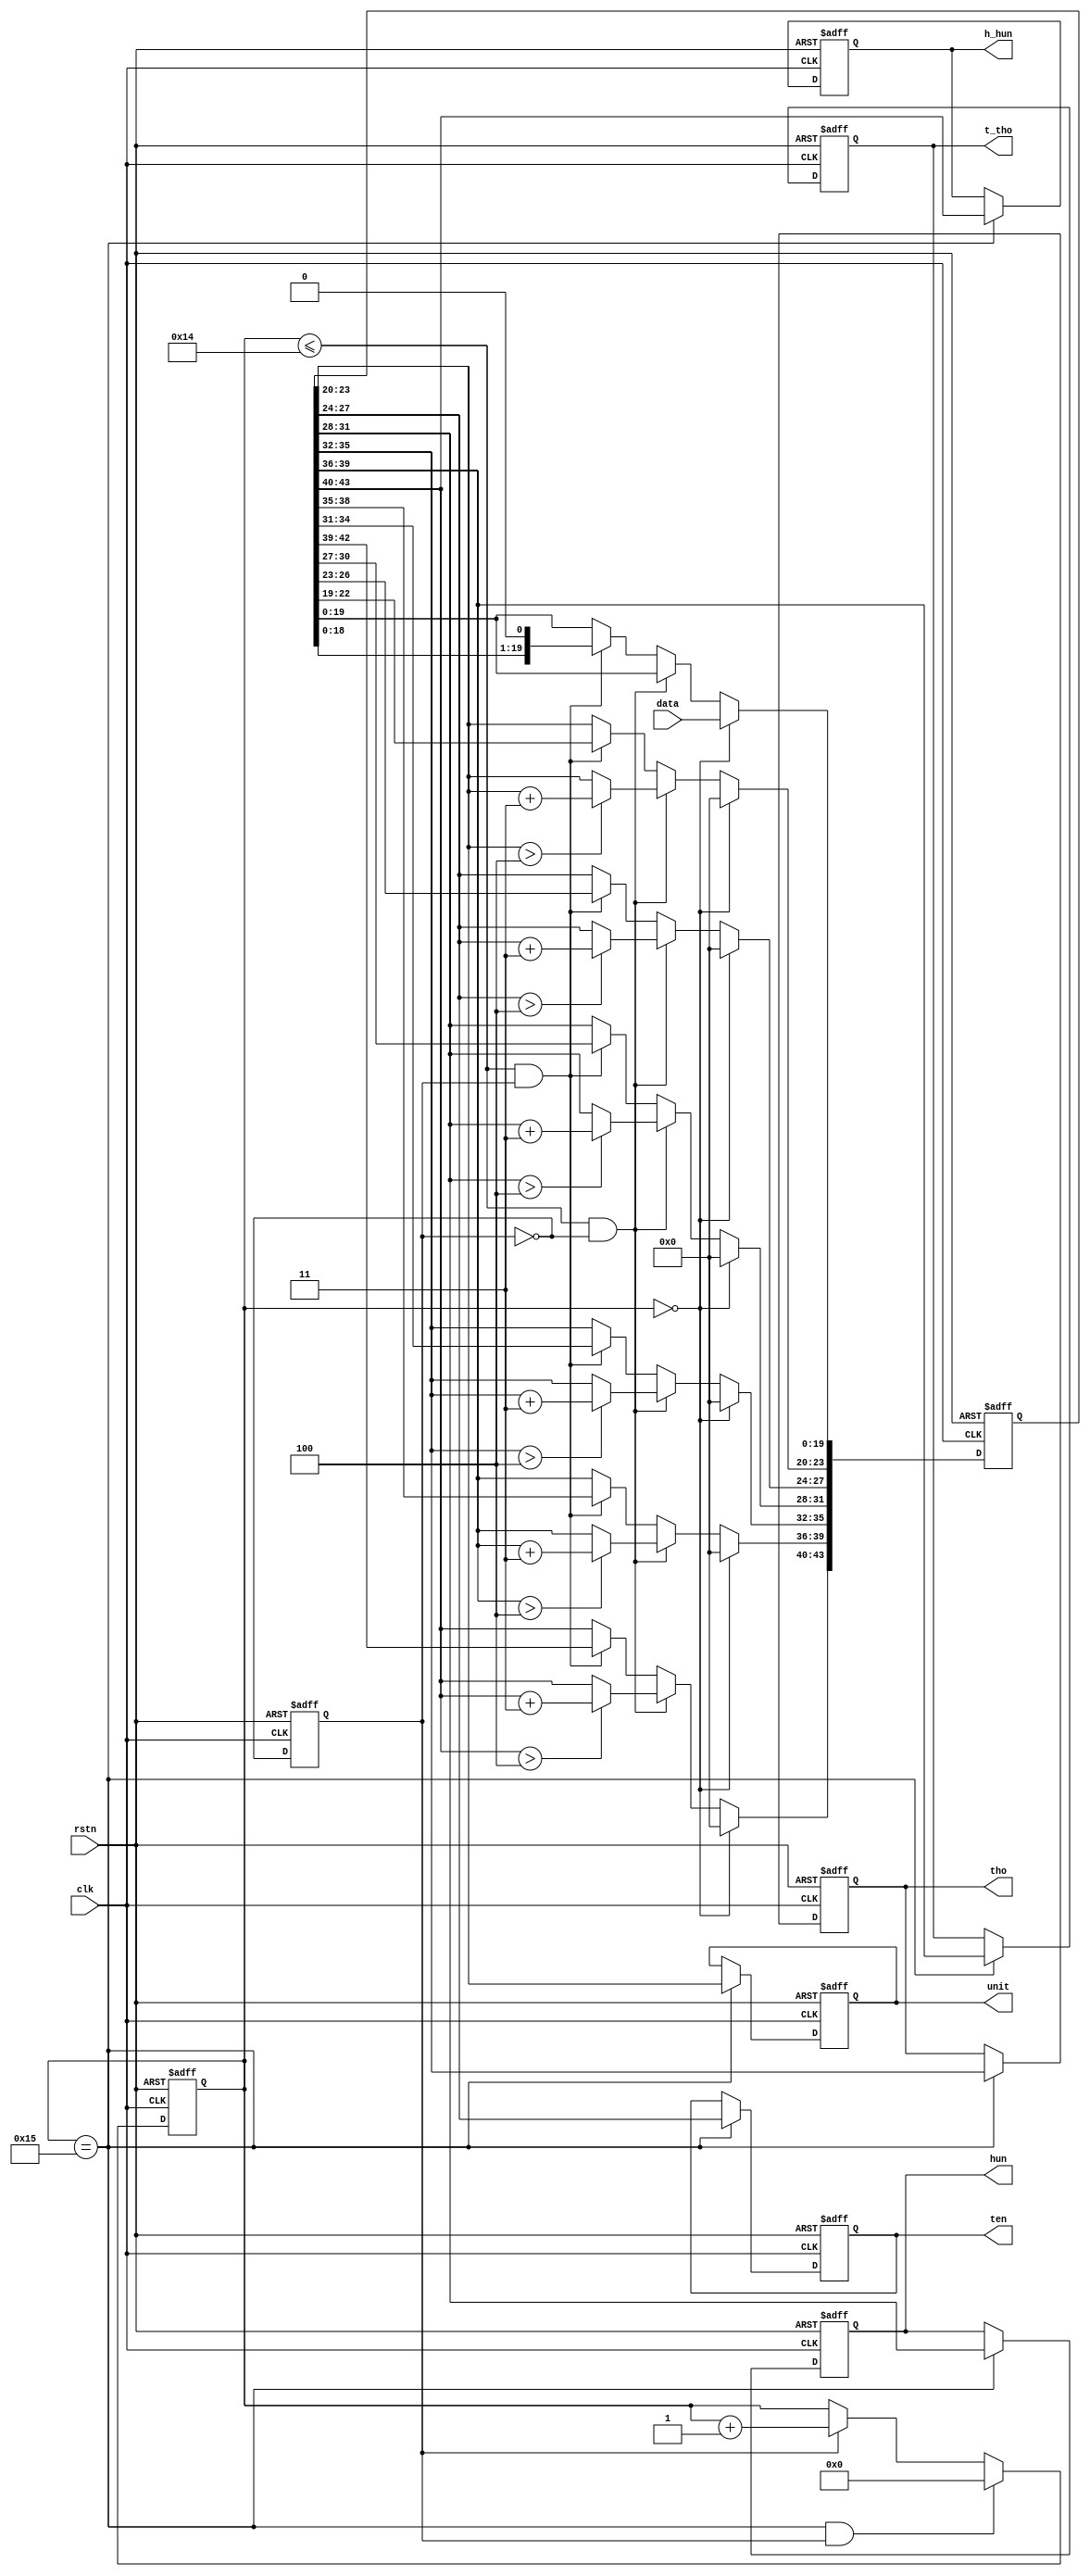
`timescale  1ns/1ns

//20
module  binary_8421
(
    input  wire                         clk                        ,//50MHz
    input  wire                         rstn                       ,//
    input  wire        [  19:0]         data                       ,//

    output reg         [   3:0]         unit                       ,//BCD
    output reg         [   3:0]         ten                        ,//BCD
    output reg         [   3:0]         hun                        ,//BCD
    output reg         [   3:0]         tho                        ,//BCD
    output reg         [   3:0]         t_tho                      ,//BCD
    output reg         [   3:0]         h_hun                       //BCD
);

//********************************************************************//
//******************** Parameter And Internal Signal *****************//
//********************************************************************//

//reg   define
reg                    [   4:0]         cnt_shift                  ;//
reg                    [  43:0]         data_shift                 ;//
reg                                     shift_flag                 ;//

//********************************************************************//
//***************************** Main Code ****************************//
//********************************************************************//

//cnt_shift:021
always@(posedge clk or negedge rstn)
    if(rstn == 1'b0)
        cnt_shift   <=  5'd0;
    else    if((cnt_shift == 5'd21) && (shift_flag == 1'b1))
        cnt_shift   <=  5'd0;
    else    if(shift_flag == 1'b1)
        cnt_shift   <=  cnt_shift + 1'b1;
    else
        cnt_shift   <=  cnt_shift;

//data_shift01~20
always@(posedge clk or negedge rstn)
    if(rstn == 1'b0)
        data_shift  <=  44'b0;
    else    if(cnt_shift == 5'd0)
        data_shift  <=  {24'b0,data};
    else    if((cnt_shift <= 20) && (shift_flag == 1'b0))
        begin
            data_shift[23:20]   <=  (data_shift[23:20] > 4) ? (data_shift[23:20] + 2'd3) : (data_shift[23:20]);
            data_shift[27:24]   <=  (data_shift[27:24] > 4) ? (data_shift[27:24] + 2'd3) : (data_shift[27:24]);
            data_shift[31:28]   <=  (data_shift[31:28] > 4) ? (data_shift[31:28] + 2'd3) : (data_shift[31:28]);
            data_shift[35:32]   <=  (data_shift[35:32] > 4) ? (data_shift[35:32] + 2'd3) : (data_shift[35:32]);
            data_shift[39:36]   <=  (data_shift[39:36] > 4) ? (data_shift[39:36] + 2'd3) : (data_shift[39:36]);
            data_shift[43:40]   <=  (data_shift[43:40] > 4) ? (data_shift[43:40] + 2'd3) : (data_shift[43:40]);
        end
    else    if((cnt_shift <= 20) && (shift_flag == 1'b1))
        data_shift  <=  data_shift << 1;
    else
        data_shift  <=  data_shift;

//shift_flag
always@(posedge clk or negedge rstn)
    if(rstn == 1'b0)
        shift_flag  <=  1'b0;
    else
        shift_flag  <=  ~shift_flag;

//20BCD
always@(posedge clk or negedge rstn)
    if (rstn == 1'b0) begin
        unit    <=  4'b0;
        ten     <=  4'b0;
        hun     <=  4'b0;
        tho     <=  4'b0;
        t_tho   <=  4'b0;
        h_hun   <=  4'b0;
    end
    else if(cnt_shift == 5'd21) begin
        unit    <=  data_shift[23:20];
        ten     <=  data_shift[27:24];
        hun     <=  data_shift[31:28];
        tho     <=  data_shift[35:32];
        t_tho   <=  data_shift[39:36];
        h_hun   <=  data_shift[43:40];
    end

endmodule